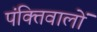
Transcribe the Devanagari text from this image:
पंक्तिवालों